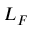
L _ { F }